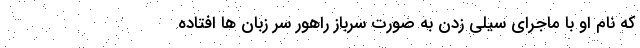
که نام او با ماجرای سیلی زدن به صورت سرباز راهور سر زبان ها افتاده